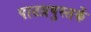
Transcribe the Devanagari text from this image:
पाठय़पुस्तकें